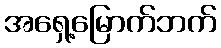
အရှေ့မြောက်ဘက်